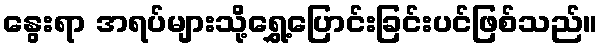
နွေးရာ အရပ်များသို့ရွှေ့ပြောင်းခြင်းပင်ဖြစ်သည်။